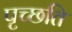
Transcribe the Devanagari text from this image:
पृच्छति